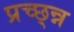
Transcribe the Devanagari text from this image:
प्रच्छ्न्न